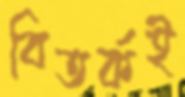
বিতর্কই